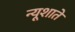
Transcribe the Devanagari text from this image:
न्यूशाते